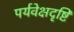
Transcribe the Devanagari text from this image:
पर्यवेक्षदृष्टि